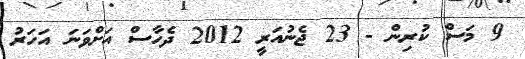
9 މަސް ކުރިން - 23 ޖެނުއަރީ 2012 ދެހާސް އަށްވަނަ އަހަރު